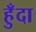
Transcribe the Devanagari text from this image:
हुँदा